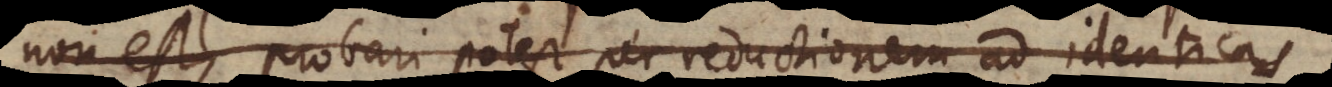
non est, probari potest per reductionem ad identicas